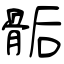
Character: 骺